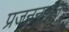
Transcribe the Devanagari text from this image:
प्रजननातून